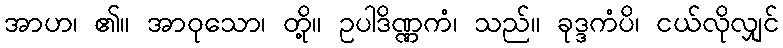
အာဟ၊ ၏။ အာဝုသော၊ တို့။ ဥပါဒိဏ္ဏကံ၊ သည်။ ခုဒ္ဒကံပိ၊ ငယ်လိုလျှင်